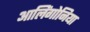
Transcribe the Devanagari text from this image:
आलिंगोनिया